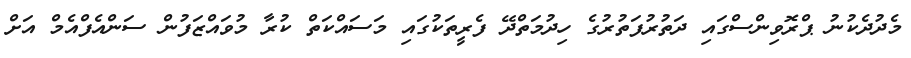
މެދުދެކުނު ޕްރޮވިންސްގައި ދަތުރުފަތުރުގެ ހިދުމަތްދޭ ފެރީތަކުގައި މަސައްކަތް ކުރާ މުވައްޒަފުން ސަންއެފްއެމް އަށް